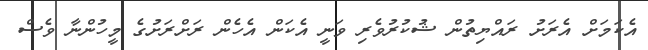
އެކަމަށް އެރަށު ރައްޔިތުން ޝުކުރުވެރި ވަނީ އެކަން އެހެން ރަށްރަށުގެ މީހުންނާ ވެސް